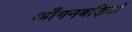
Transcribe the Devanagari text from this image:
आँगनबड़ियाँ